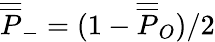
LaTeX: {\overline{{\overline{P}}}_{-}}=(1-{\overline{{\overline{P}}}_{O}})/2